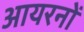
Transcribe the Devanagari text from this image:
आयरनों